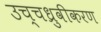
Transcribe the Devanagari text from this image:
उच्चध्रुवीकरण